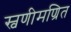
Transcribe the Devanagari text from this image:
स्वणीमण्रित